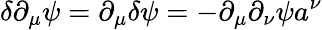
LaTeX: \delta\partial_{\mu}\psi=\partial_{\mu}\delta\psi=-\partial_{\mu}\partial_{\nu}\psi a^{\nu}